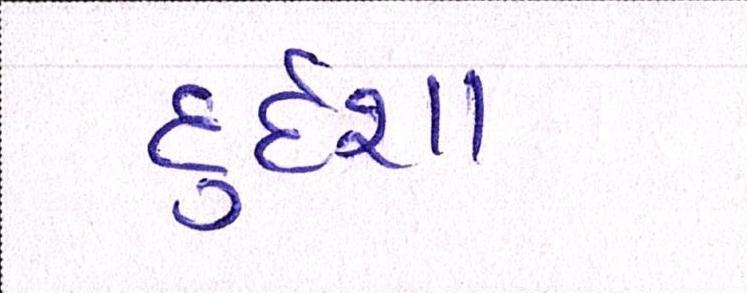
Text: દુર્દશા